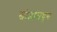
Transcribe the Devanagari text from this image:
खोडांमधून